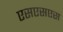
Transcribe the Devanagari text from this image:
एसएसएस